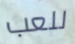
للعب